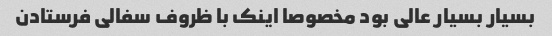
بسیار بسیار عالی بود مخصوصا اینک با ظروف سفالی فرستادن